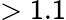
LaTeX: >1.1